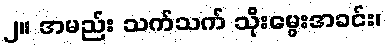
၂။ အမည်း သက်သက် သိုးမွေးအခင်း၊